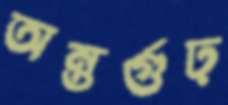
অন্তর্গুঢ়